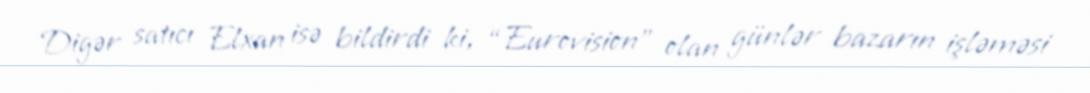
Digər satıcı Elxan isə bildirdi ki, “Eurovision” olan günlər bazarın işləməsi